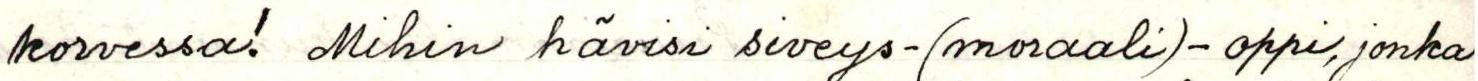
korvessa! Mihin hävisi siveys-(moraali)-oppi, jonka